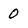
Character: 0